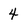
Character: 4